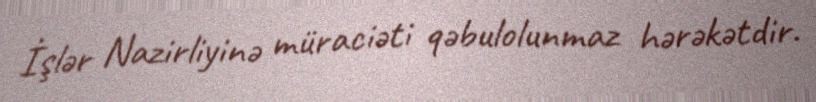
İşlər Nazirliyinə müraciəti qəbulolunmaz hərəkətdir.